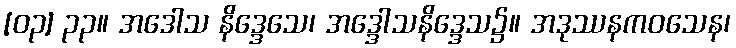
[၀၃] ၃၃။ အဒေါသ နိဒ္ဒေသေ၊ အဒ္ဒေါသနိဒ္ဒေသ၌။ အဒုဿနကဝသေန၊